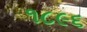
૧૮૯૬